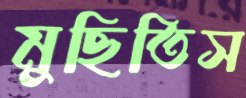
মুছিতিস